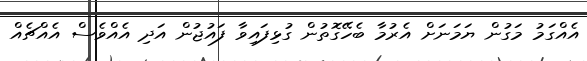
އެއްގަމު މަގުން ޔަމަނަށް އެރުމާ ބެހޭގޮތުން ގުޅިފައިވާ ފައުޖުން އަދި އެއްވެސް އެއްޗެއް